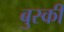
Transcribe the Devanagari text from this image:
बुस्की